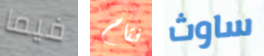
فيما فقام ساوث